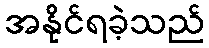
အနိုင်ရခဲ့သည်